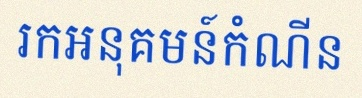
រកអនុគមន៍កំណើន